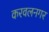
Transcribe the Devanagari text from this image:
करवलनगर